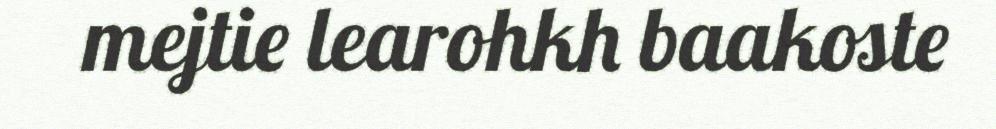
mejtie learohkh baakoste